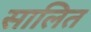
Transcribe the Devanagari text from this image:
सालित